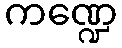
ကဏ္ဍေ